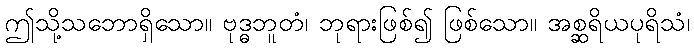
ဤသို့သဘောရှိသော။ ဗုဒ္ဓဘူတံ၊ ဘုရားဖြစ်၍ ဖြစ်သော။ အစ္ဆရိယပုရိသံ၊